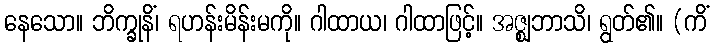
နေသော။ ဘိက္ခုနိံ၊ ရဟန်းမိန်းမကို။ ဂါထာယ၊ ဂါထာဖြင့်။ အဇ္ဈဘာသိ၊ ရွတ်၏။ (ကိံ